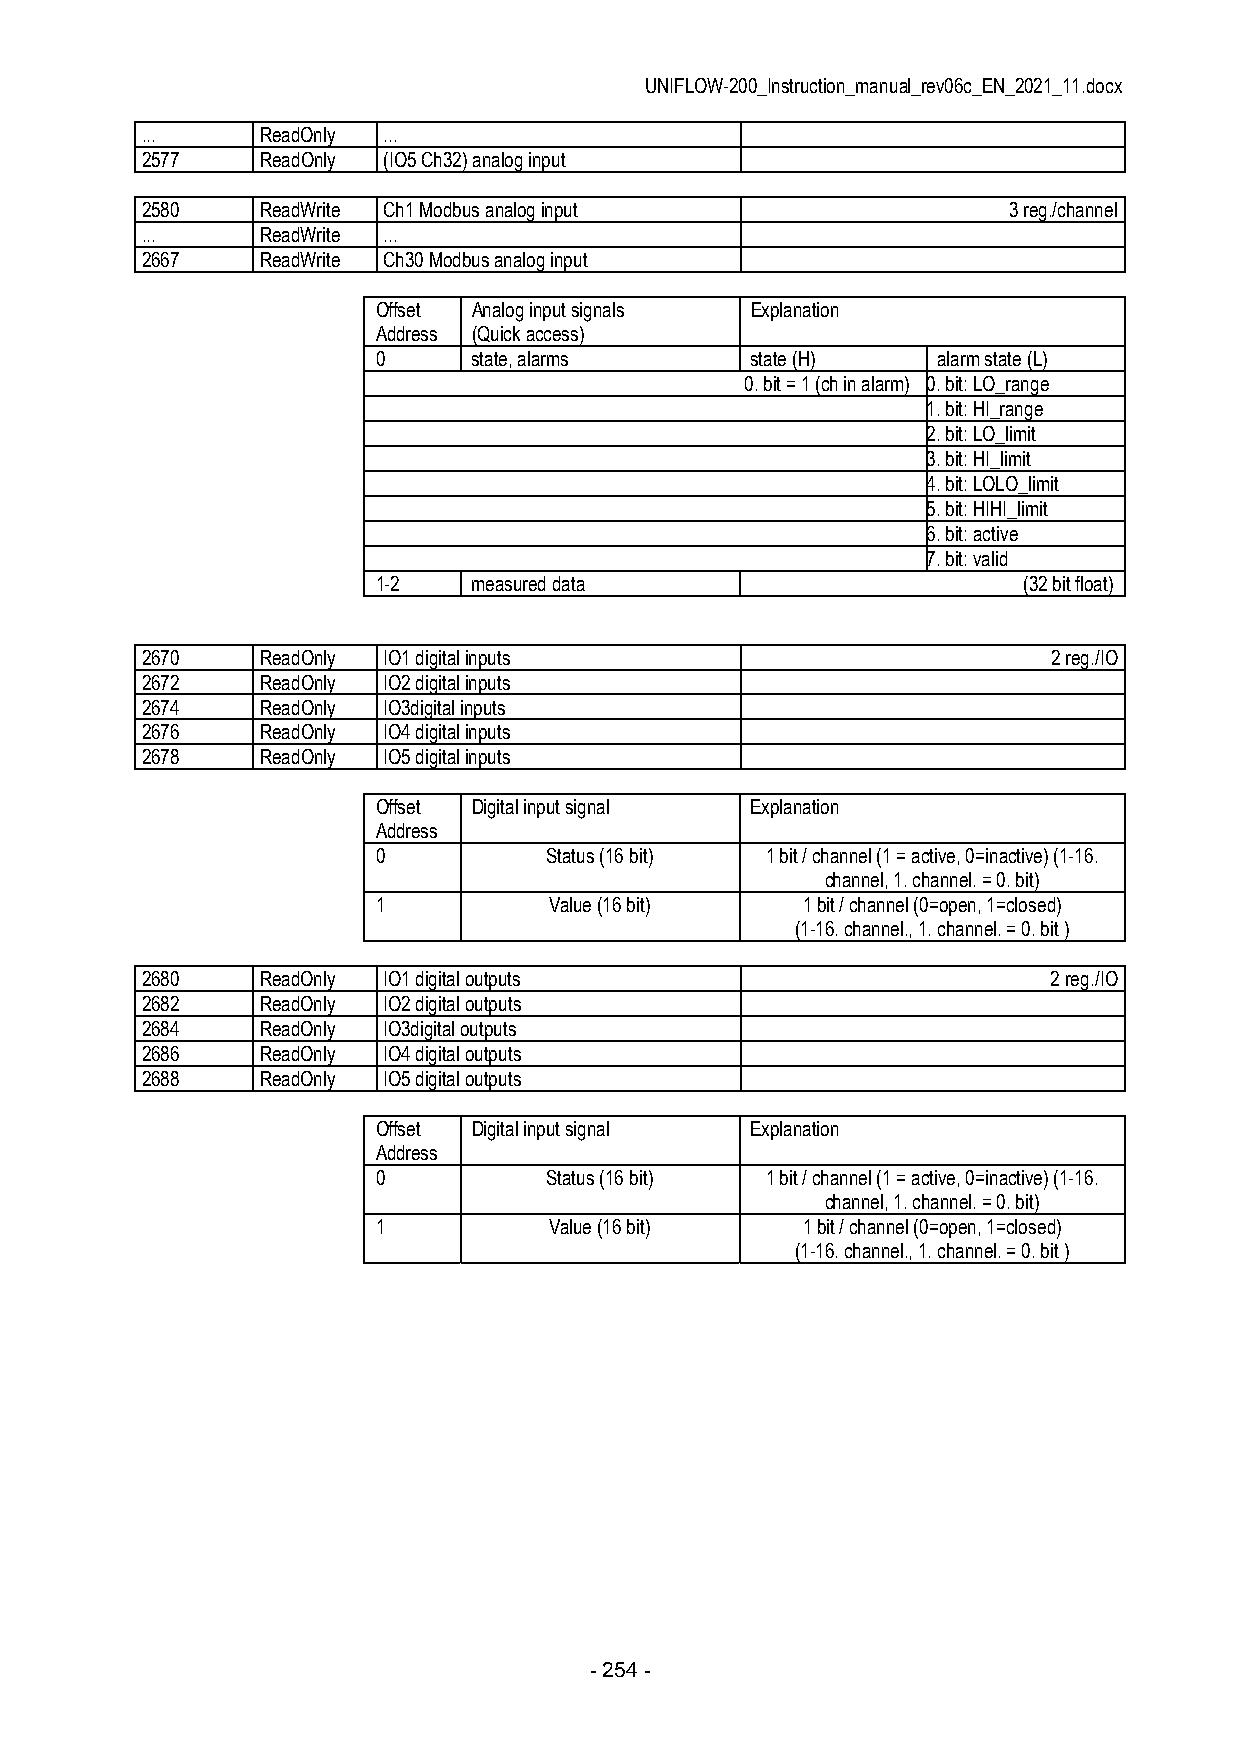
UNIFLOW-200_Instruction_manual_rev06c_EN_2021_11.docx
 ...     ReadOnly ...
 2577    ReadOnly (IO5 Ch32) analog input
 2580    ReadWrite Ch1 Modbus analog input                 3 reg./channel
 ...     ReadWrite ...
 2667    ReadWrite Ch30 Modbus analog input
 Offset Analog input signals Explanation
 Address (Quick access)
 0     state, alarms      state (H)   alarm state (L)
 0. bit = 1 (ch in alarm) 0. bit: LO_range
 1. bit: HI_range
 2. bit: LO_limit
 3. bit: HI_limit
 4. bit: LOLO_limit
 5. bit: HIHI_limit
 6. bit: active
 7. bit: valid
 1-2   measured data                        (32 bit float)
 2670    ReadOnly IO1 digital inputs                          2 reg./IO
 2672    ReadOnly IO2 digital inputs
 2674    ReadOnly IO3digital inputs
 2676    ReadOnly IO4 digital inputs
 2678    ReadOnly IO5 digital inputs
 Offset Digital input signal Explanation
 Address
 0          Status (16 bit) 1 bit / channel (1 = active, 0=inactive) (1-16.
 channel, 1. channel. = 0. bit)
 1          Value (16 bit)   1 bit / channel (0=open, 1=closed)
 (1-16. channel., 1. channel. = 0. bit )
 2680    ReadOnly IO1 digital outputs                         2 reg./IO
 2682    ReadOnly IO2 digital outputs
 2684    ReadOnly IO3digital outputs
 2686    ReadOnly IO4 digital outputs
 2688    ReadOnly IO5 digital outputs
 Offset Digital input signal Explanation
 Address
 0          Status (16 bit) 1 bit / channel (1 = active, 0=inactive) (1-16.
 channel, 1. channel. = 0. bit)
 1          Value (16 bit)   1 bit / channel (0=open, 1=closed)
 (1-16. channel., 1. channel. = 0. bit )
 - 254 -